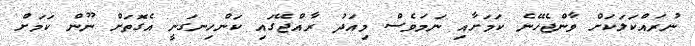
ނުރައްކަލަކަށް ވާންޖެހޭނެ ކަމަށާއި ނަމަވެސް މިއަދު ރާއްޖޭގައި ކަންހިނގަނީ އެގޮތަށް ނޫން ކަމަށް